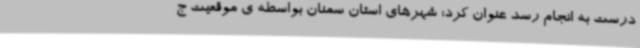
درست به انجام رسد عنوان کرد: شهرهای استان سمنان بواسطه ی موقعیت ج